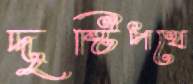
দৃষ্টিপথে